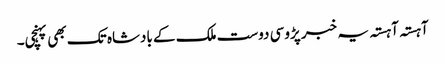
آہستہ آہستہ یہ خبر پڑوسی دوست ملک کے بادشاہ تک بھی پہنچی۔